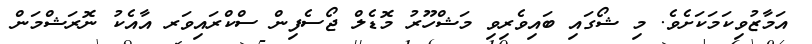
އަމާޒުވިކަމަކަށެވެ. މި ޝޯގައި ބައިވެރިވި މަޝްހޫރު މޮޑެލް ޖޯސެފިން ސްކްރައިވަރ އާއެކު ނޮރަޝްމަން